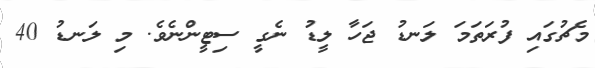
މެޗުގައި ފުރަތަމަ ލަނޑު ޖަހާ ލީޑު ނެގީ ސިޓީންނެވެ. މި ލަނޑު 40